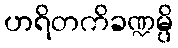
ဟရိတကိခဏ္ဍမ္ပိ